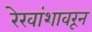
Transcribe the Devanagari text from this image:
रेखांशावरून